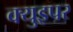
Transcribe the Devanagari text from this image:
क्युइपर